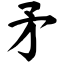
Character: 矛